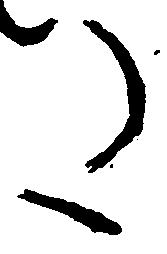
た